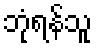
ဘုံရန်သူ